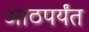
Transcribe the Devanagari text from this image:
आठपर्यंत